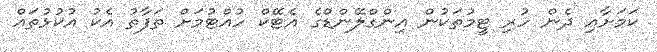
ކަމަށާއި ދެން ހުރި ޓީމުތަކުން އިންގްލޭންޑްގެ އެޓޭކް ހުއްޓުމަށް ތަފާތު އެކު އުކުޅުތައް